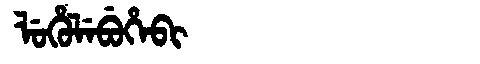
Manchu: ᠯᡠᡥᡠᠯᡝᠪᡠᡥᡝᠪᡳ
Romanization: LUHULEBUHEBI